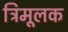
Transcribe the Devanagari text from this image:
त्रिमूलक